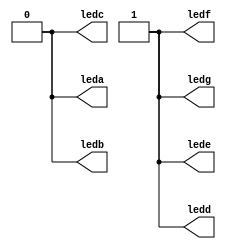

module top (    
                //input [3:0] num_i, 
                 output leda,
                 output ledb,
                 output ledc,
             output ledd,
               output lede,
              output ledf,
               output ledg
                );

reg [6:0] gpio_out=7'b0001111;
 
                        
/*
always @(num_i)
begin
    case (num_i)   //case statement
        4'd0 : gpio_out = 7'b0000001;
        4'd1 : gpio_out = 7'b1001111;
        4'd2 : gpio_out = 7'b0010010;
        4'd3 : gpio_out = 7'b0000110;
        4'd4 : gpio_out = 7'b1001100;
        4'd5 : gpio_out = 7'b0100100;
        4'd6 : gpio_out = 7'b0100000;
        4'd7 : gpio_out = 7'b0001111;
        4'd8 : gpio_out = 7'b0000000;
        4'd9 : gpio_out = 7'b0000100;
        
        //switch off 7 segment character when the bcd digit is not a decimal number.
        default : gpio_out = 7'b1111111; 
    endcase
end
*/
assign {leda, ledb,ledc,ledd,lede,ledf,ledg}=gpio_out[6:0];



endmodule